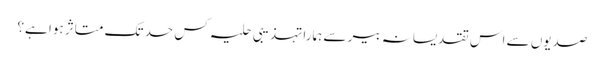
صدیوں سے اس تقدیسانہ بیر سے ہمارا تہذیبی حلیہ کس حد تک متاثر ہوا ہے؟